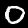
Digit: 0